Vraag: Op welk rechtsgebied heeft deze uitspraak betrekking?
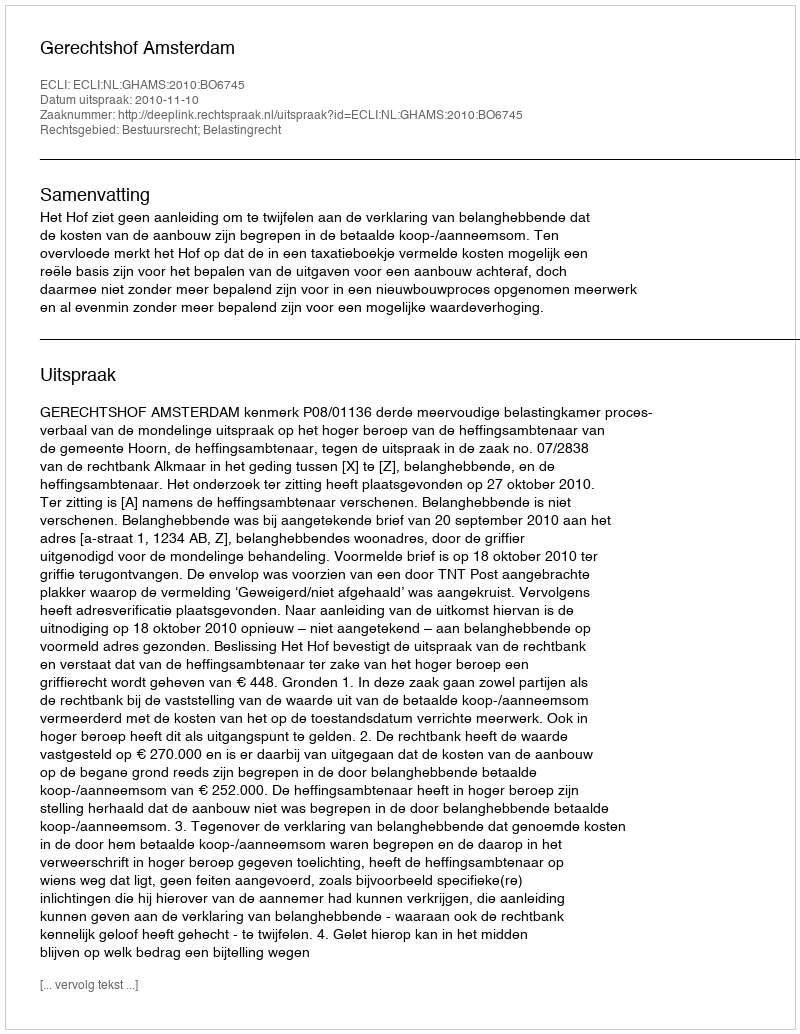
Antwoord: Bestuursrecht; Belastingrecht